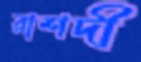
রাশদী